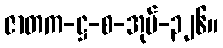
ဇာတက-ဋ္ဌ-စ-အုပ်-၃၂၆။